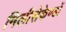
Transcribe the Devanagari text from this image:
मिलीसेकेण्डों